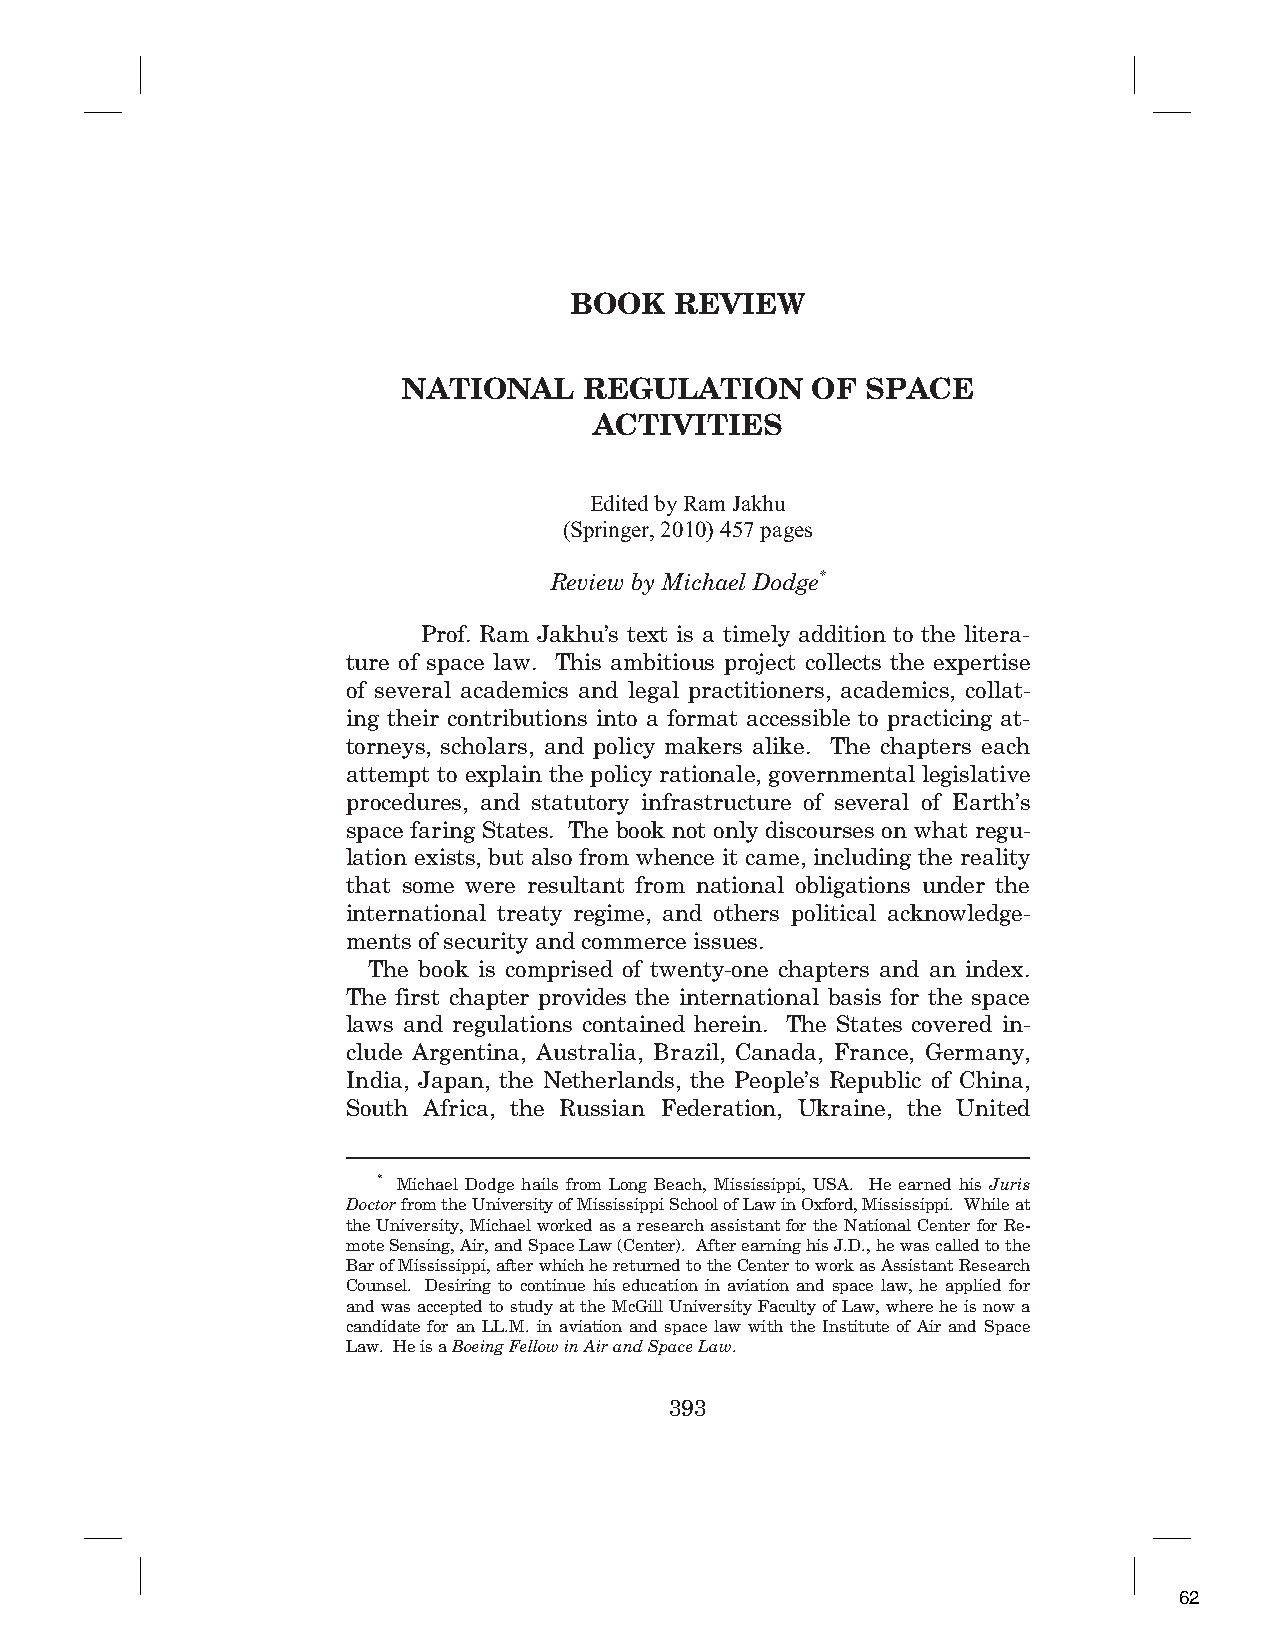
BOOK   REVIEW
 NATIONAL    REGULATION     OF SPACE
 ACTIVITIES
 Edited by Ram Jakhu
 (Springer, 2010) 457 pages
 Review by Michael Dodge*
 Prof. Ram Jakhu’s text is a timely addition to the litera-
 ture of space law. This ambitious project collects the expertise
 of several academics and legal practitioners, academics, collat-
 ing their contributions into a format accessible to practicing at-
 torneys, scholars, and policy makers alike. The chapters each
 attempt to explain the policy rationale, governmental legislative
 procedures, and statutory infrastructure of several of Earth’s
 space faring States. The book not only discourses on what regu-
 lation exists, but also from whence it came, including the reality
 that some were resultant from national obligations under the
 international treaty regime, and others political acknowledge-
 ments of security and commerce issues.
 The book is comprised of twenty-one chapters and an index.
 The first chapter provides the international basis for the space
 laws and regulations contained herein. The States covered in-
 clude Argentina, Australia, Brazil, Canada, France, Germany,
 India, Japan, the Netherlands, the People’s Republic of China,
 South Africa, the Russian Federation, Ukraine, the United
 * Michael Dodge hails from Long Beach, Mississippi, USA. He earned his Juris
 Doctor from the University of Mississippi School of Law in Oxford, Mississippi. While at
 the University, Michael worked as a research assistant for the National Center for Re-
 mote Sensing, Air, and Space Law (Center). After earning his J.D., he was called to the
 Bar of Mississippi, after which he returned to the Center to work as Assistant Research
 Counsel. Desiring to continue his education in aviation and space law, he applied for
 and was accepted to study at the McGill University Faculty of Law, where he is now a
 candidate for an LL.M. in aviation and space law with the Institute of Air and Space
 Law. He is a Boeing Fellow in Air and Space Law.
 393
 62